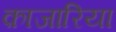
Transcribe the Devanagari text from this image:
क़ाजारिया